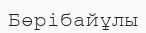
Бөрібайұлы